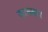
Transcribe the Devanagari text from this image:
जानसार